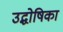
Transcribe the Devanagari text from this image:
उद्धोषिका